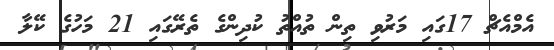
އެމްއެޗް 17ގައި މަރުވި ތިން ތުއްތު ކުދިންގެ ތެރޭގައި 21 މަހުގެ ކޭލާ